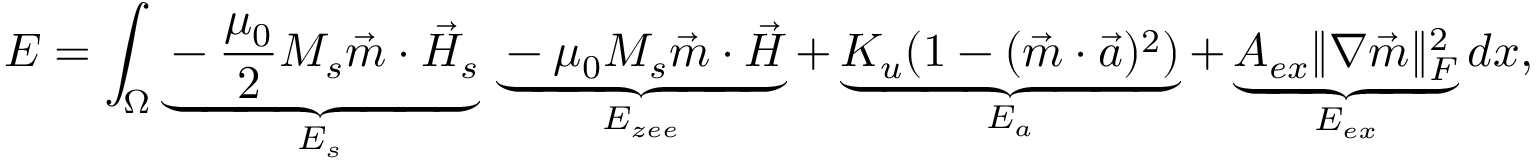
E = \int _ { \Omega } \underbrace { - \frac { \mu _ { 0 } } { 2 } M _ { s } \vec { m } \cdot \vec { H } _ { s } } _ { E _ { s } } \, \underbrace { - \mu _ { 0 } M _ { s } \vec { m } \cdot \vec { H } } _ { E _ { z e e } } + \underbrace { K _ { u } ( 1 - ( \vec { m } \cdot \vec { a } ) ^ { 2 } ) } _ { E _ { a } } + \underbrace { A _ { e x } \| \nabla \vec { m } \| _ { F } ^ { 2 } } _ { E _ { e x } } d x ,